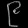
Digit: ၉